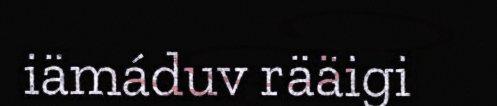
iämáduv rääigi